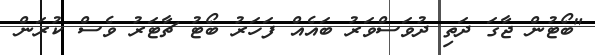
"ބޯޓުން ޖާގަ ދަތި ދުވަސްވަރު ބައެއް ފަހަރު ބޯޓު ޗާޓަރު ވެސް ކުރަން